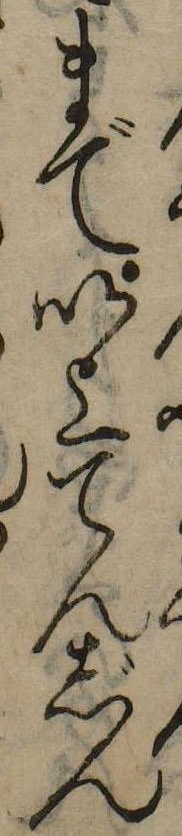
まで以上てんじん